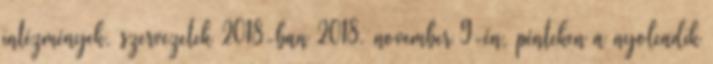
intézmények, szervezetek 2018-ban 2018. november 9-én, pénteken a nyolcadik